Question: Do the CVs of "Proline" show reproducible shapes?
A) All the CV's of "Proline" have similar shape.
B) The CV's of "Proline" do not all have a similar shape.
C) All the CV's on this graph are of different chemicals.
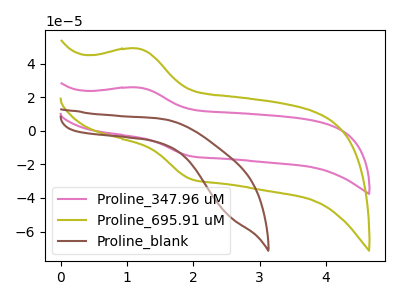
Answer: <think>The pink curve "Proline_347.96 uM" has an anodic peak at (1.15V, 25.75uA) and a cathodic peak at (1.95V, -15.10uA). The olive curve "Proline_695.91 uM" has an anodic peak at (1.15V, 48.85uA) and a cathodic peak at (1.95V, -28.65uA). The brown curve "Proline_blank" has no peaks.
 All the peaks in "Proline_347.96 uM" have a peak in "Proline_695.91 uM" at the same potential. Every peak in "Proline_347.96 uM" is lower than every peak in "Proline_695.91 uM". "Proline_347.96 uM" and "Proline_blank" have a different number of peaks. "Proline_695.91 uM" and "Proline_blank" have a different number of peaks.</think>
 <answer>A) All the CV's of "Proline" have similar shape.</answer>
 <eval>A</eval>